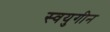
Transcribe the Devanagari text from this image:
स्वयुगीन